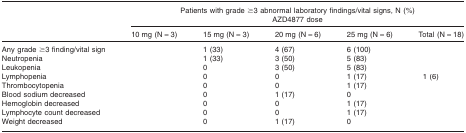
<table><thead><tr><td>[EMPTY_CELL]</td><td colspan="5"><b>Patients with grade ≥3 abnormal laboratory findings/vital signs, N (%)</b></td></tr><tr><td>[EMPTY_CELL]</td><td colspan="5"><b>AZD4877 dose</b></td></tr><tr><td>[EMPTY_CELL]</td><td><b>10 mg (N = 3)</b></td><td><b>15 mg (N = 3)</b></td><td><b>20 mg (N = 6)</b></td><td><b>25 mg (N = 6)</b></td><td><b>Total (N = 18)</b></td></tr></thead><tbody><tr><td>Any grade ≥3 finding/vital sign</td><td>[EMPTY_CELL]</td><td>1 (33)</td><td>4 (67)</td><td>6 (100)</td><td>[EMPTY_CELL]</td></tr><tr><td>Neutropenia</td><td>[EMPTY_CELL]</td><td>1 (33)</td><td>3 (50)</td><td>5 (83)</td><td>[EMPTY_CELL]</td></tr><tr><td>Leukopenia</td><td>[EMPTY_CELL]</td><td>0</td><td>3 (50)</td><td>5 (83)</td><td>[EMPTY_CELL]</td></tr><tr><td>Lymphopenia</td><td>[EMPTY_CELL]</td><td>0</td><td>0</td><td>1 (17)</td><td>1 (6)</td></tr><tr><td>Thrombocytopenia</td><td>[EMPTY_CELL]</td><td>0</td><td>0</td><td>1 (17)</td><td>[EMPTY_CELL]</td></tr><tr><td>Blood sodium decreased</td><td>[EMPTY_CELL]</td><td>0</td><td>1 (17)</td><td>0</td><td>[EMPTY_CELL]</td></tr><tr><td>Hemoglobin decreased</td><td>[EMPTY_CELL]</td><td>0</td><td>0</td><td>1 (17)</td><td>[EMPTY_CELL]</td></tr><tr><td>Lymphocyte count decreased</td><td>[EMPTY_CELL]</td><td>0</td><td>0</td><td>1 (17)</td><td>[EMPTY_CELL]</td></tr><tr><td>Weight decreased</td><td>[EMPTY_CELL]</td><td>0</td><td>1 (17)</td><td>0</td><td>[EMPTY_CELL]</td></tr></tbody></table>